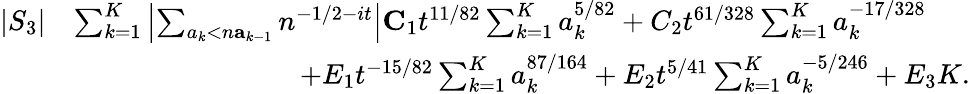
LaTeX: \begin{array}{rl}{|S_{3}|}&{\le\sum_{k=1}^{K}\left|\sum_{a_{k}<n\le a_{k-1}}n^{-1/2-it}\right|\le C_{1}t^{11/82}\sum_{k=1}^{K}a_{k}^{5/82}+C_{2}t^{61/328}\sum_{k=1}^{K}a_{k}^{-17/328}}\\ &{\qquad\qquad\qquad\qquad+E_{1}t^{-15/82}\sum_{k=1}^{K}a_{k}^{87/164}+E_{2}t^{5/41}\sum_{k=1}^{K}a_{k}^{-5/246}+E_{3}K.}\end{array}